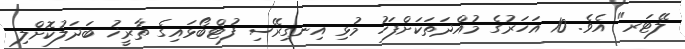
ލޭޓަރ" އެވެ. 10 އަހަރުގެ މުއްދަތަކަށްފަހު މުޅި އިނގިރޭސި ފުޓްބޯޅައިގެ ތާރީޚު ބަދަލުކޮށްލި